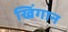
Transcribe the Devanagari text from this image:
खिंगान